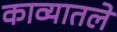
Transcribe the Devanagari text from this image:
काव्यातले